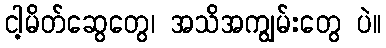
ငါ့မိတ်ဆွေတွေ၊ အသိအကျွမ်းတွေ ပဲ။